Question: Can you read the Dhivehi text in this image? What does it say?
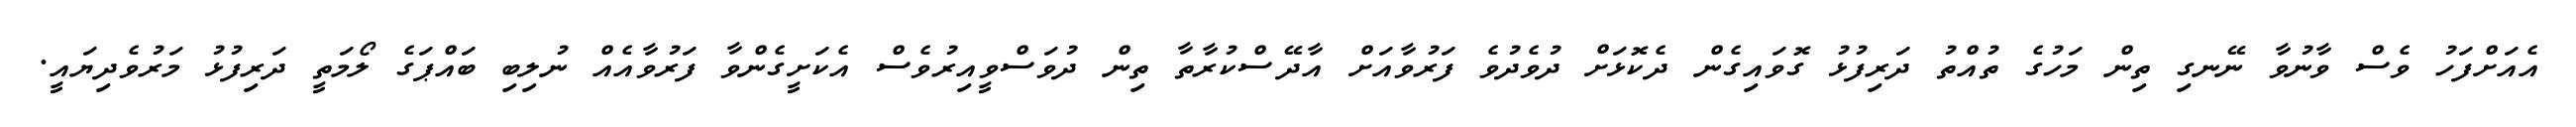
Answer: އެއަށްފަހު ވެސް ވާނުވާ ނޭނގި ތިން މަހުގެ ތުއްތު ދަރިފުޅު ގޮވައިގެން ދެކޮޅަށް ދުވެދުވެ ފަރުވާއަށް އާދޭސްކުރާތާ ތިން ދުވަސްވީއިރުވެސް އެކަށީގެންވާ ފަރުވާއެއް ނުލިބި ބައްޕަގެ ލޯމަތީ ދަރިފުޅު މަރުވެދިޔައީ.